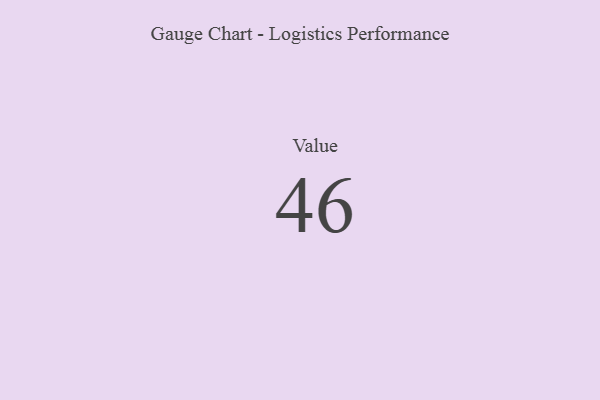
{"axis": {"x": "Metric", "y": "Value"}, "legend": [""], "data": [{"x": "Value", "y": 46, "type": ""}]}